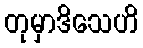
တုမှာဒိသေဟိ